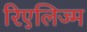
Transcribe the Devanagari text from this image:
रिएलिज्म